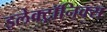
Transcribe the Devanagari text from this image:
इलेक्ट्रॉनिक्स